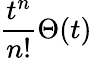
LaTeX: {\frac{t^{n}}{n!}}\Theta(t)